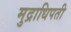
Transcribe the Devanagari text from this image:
मुद्राधिपती